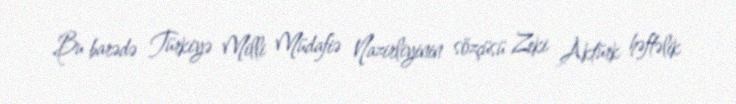
Bu barədə Türkiyə Milli Müdafiə Nazirliyinin sözçüsü Zeki Aktürk həftəlik